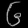
Digit: ၆